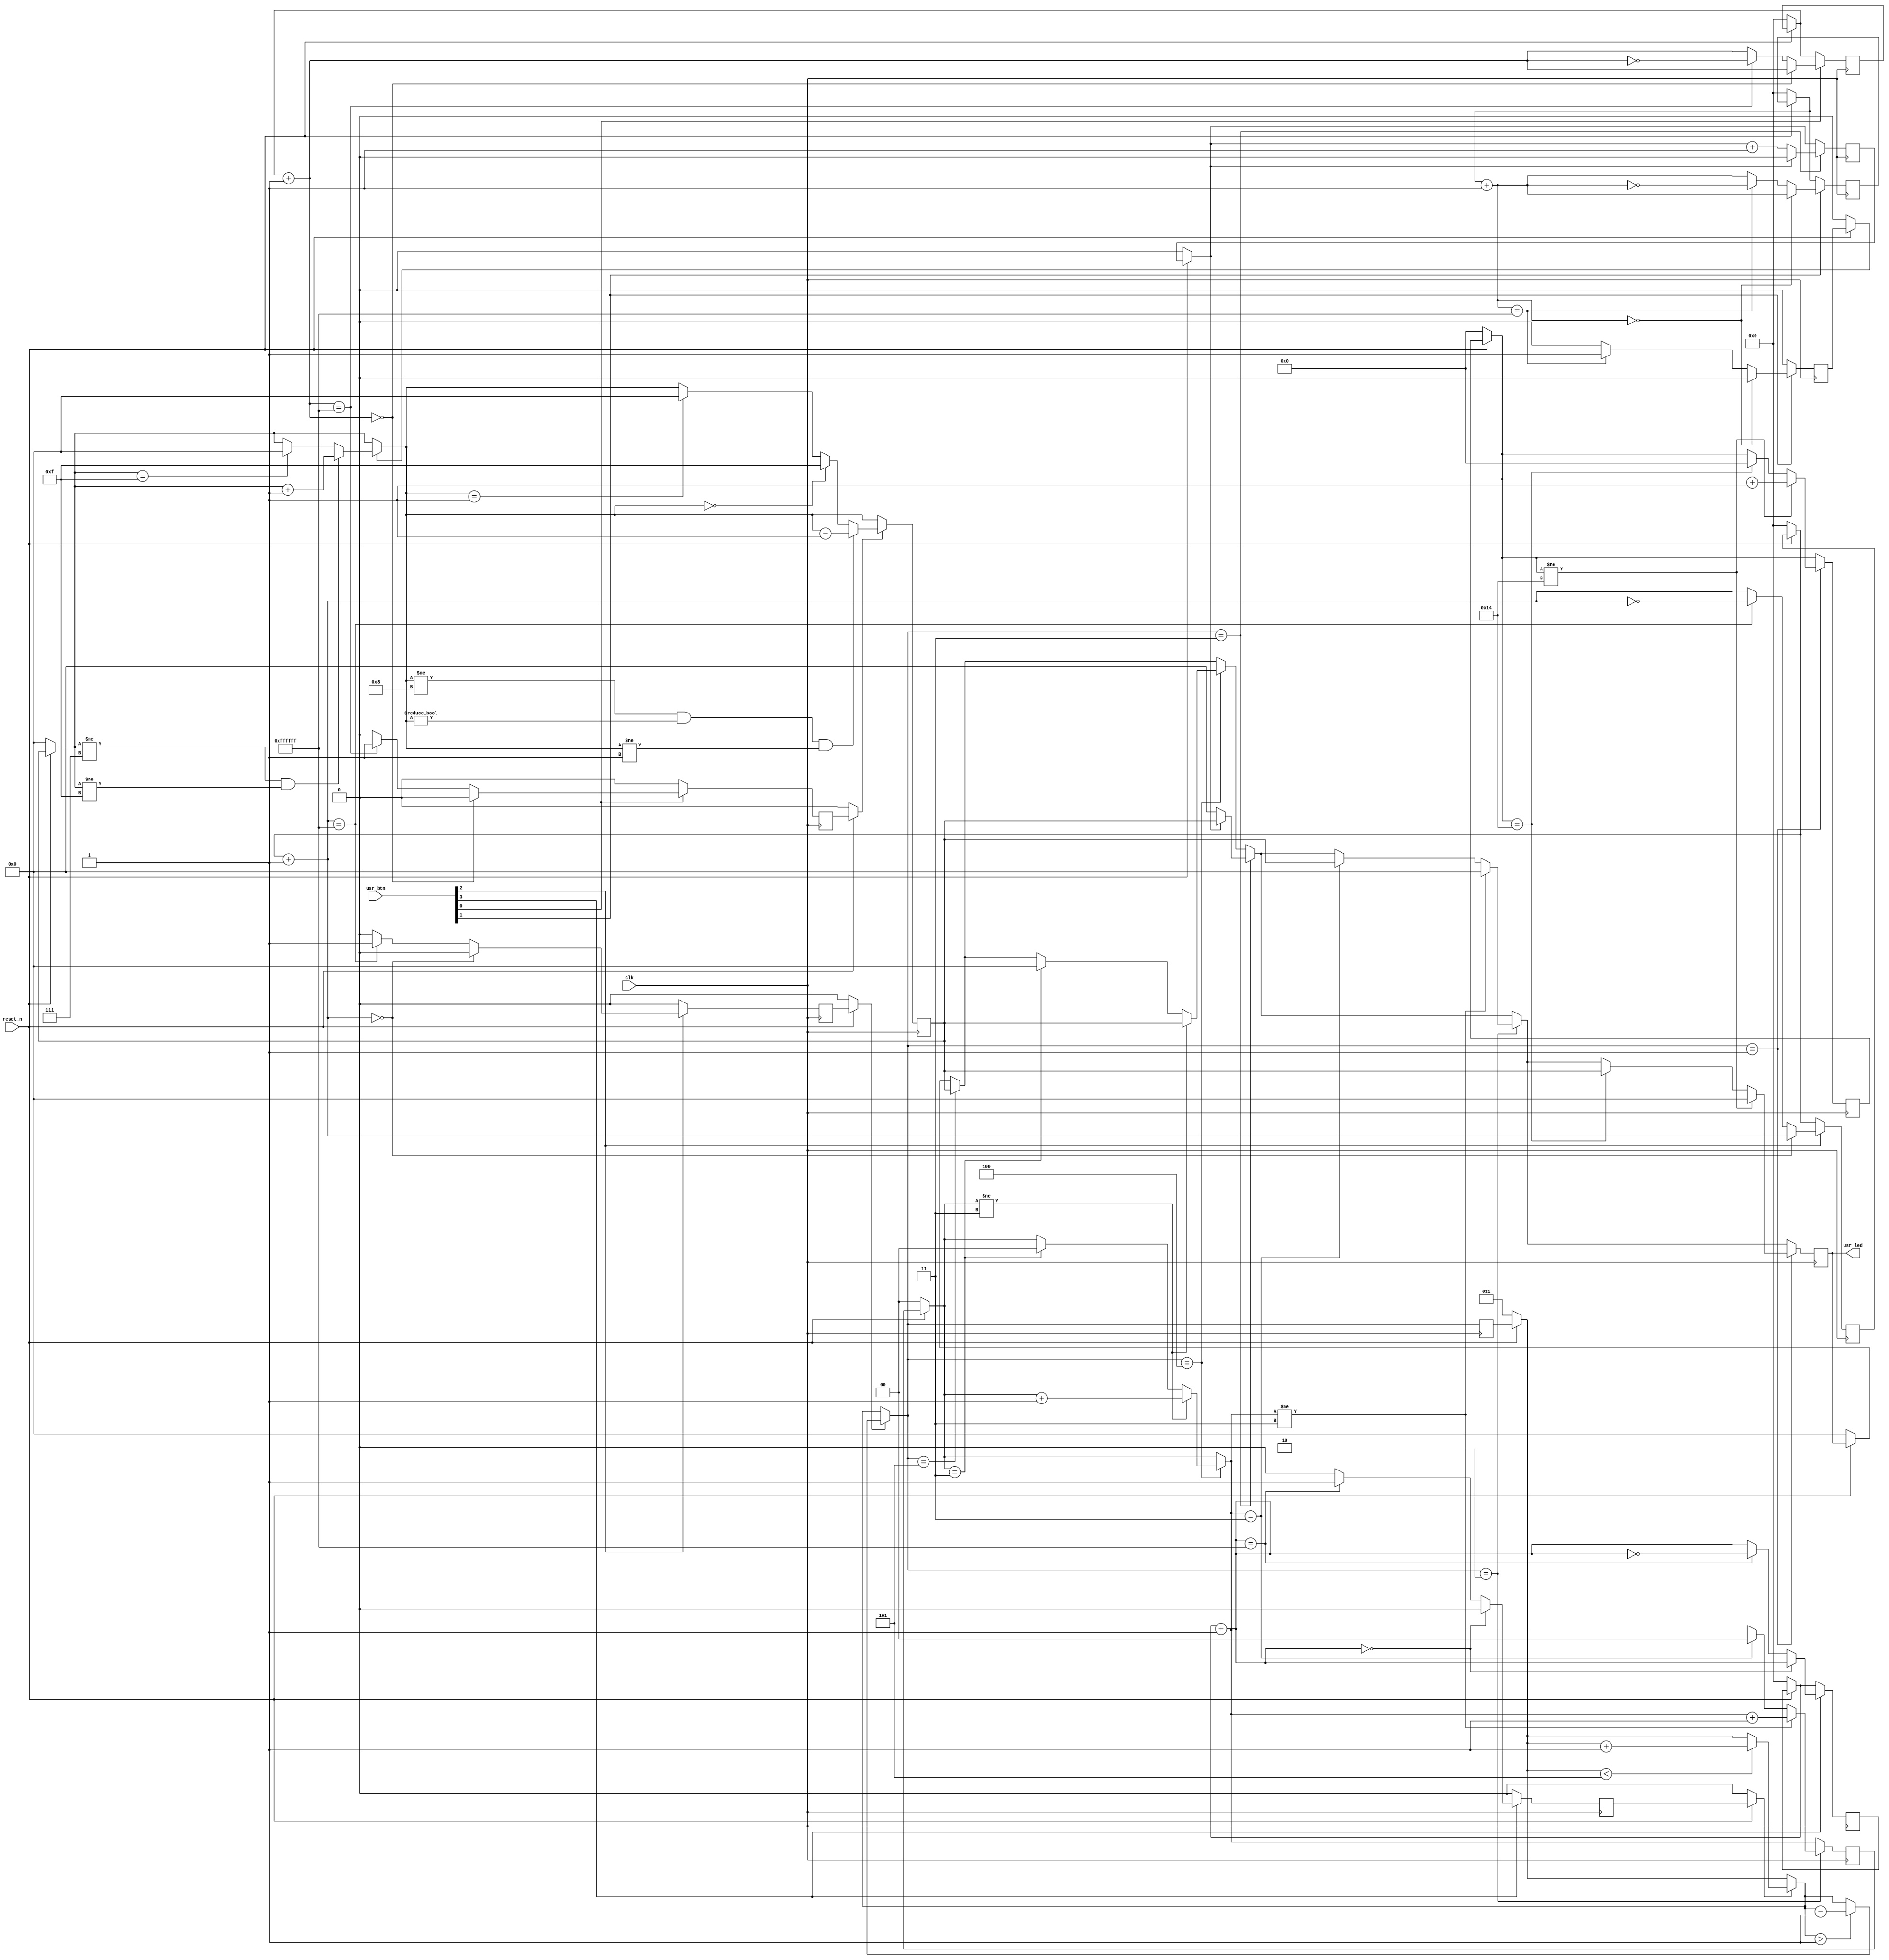
`timescale 1ns / 1ps
//////////////////////////////////////////////////////////////////////////////////
// Company: 
// Engineer: 
// 
// Design Name: 
// Module Name: Push_Button_LED_Control
// Project Name: 
// Target Devices: 
// Tool Versions: 
// Description: 
// 
// Dependencies: 
// 
// Revision:
// Revision 0.01 - File Created
// Additional Comments:
// 
//////////////////////////////////////////////////////////////////////////////////


module Push_Button_LED_Control(
    input  clk,            // System clock at 100 MHz
    input  reset_n,        // System reset signal, in negative logic
    input  [3:0] usr_btn,  // Four user pushbuttons
    output [3:0] usr_led   // Four yellow LEDs
    );
    
    reg button3=1'b0,button2=1'b0,button1=1'b0,button0=1'b0;
    reg [2:0]level=3'b011;
    reg level_3=1'b0;
    reg [1:0]level_4=2'b00;
    reg [4:0]level_1=5'b00000;//20=10100
    reg [3:0]counter=4'b0000;
    reg [3:0]led=4'b0000;
    reg [23:0]shift3=24'b000000000000000000000000;
    reg [23:0]shift2=24'b000000000000000000000000;
    reg [23:0]shift1=24'b000000000000000000000000;
    reg [23:0]shift0=24'b000000000000000000000000;
    
    always@(posedge clk)begin
       if(!reset_n)begin
            counter=4'b0000;
            shift1=24'b000000000000000000000000;
            shift0=24'b000000000000000000000000;
            button1=1'b0;
            button0=1'b0;
       end
       if(button1)begin
            if((counter!=4'b0111)&&(counter!=4'b1111))
            counter=counter+4'b0001;
            else if(counter==4'b1111)
            counter=4'b0000;
            button1=1'b0;
        end
        if(button0)begin
            if(counter!=4'b1000&&(counter!=4'b0000)&&counter!=4'b0001)
            counter=counter-4'b0001;
            else if(counter==4'b0000)
            counter=4'b1111;
            else if(counter==4'b0001)
            counter=4'b0000;
            button0=1'b0;
        end
        if(usr_btn[1])begin
            shift1= shift1+24'b000000000000000000000001;
            if(shift1[23:0]==24'b000000000000000000000000)
            button1 <= 1'b0 ;
            else if(shift1[23:0]==24'b111111111111111111111111)begin
            button1 <= 1'b1;
            shift1=~shift1;
            end else 
            button1 <=button1;
        end
        if(usr_btn[0])begin
            shift0 = shift0+24'b000000000000000000000001;
            if(shift0[23:0]==24'b000000000000000000000000)
            button0 <= 1'b0 ;
            else if(shift0[23:0]==24'b111111111111111111111111)begin
            button0 <= 1'b1;
            shift0=~shift0;
            end else 
            button0 <=button0;
        end
    end
    
    always@(posedge clk)begin
        if(!reset_n)begin
            led=4'b0000;
            level=3'b011;
            level_3=1'b0;
            level_4=2'b00;
            level_1=5'b00000;
            shift3=24'b000000000000000000000000;
            shift2=24'b000000000000000000000000;
            button3=1'b0;
            button2=1'b0;
        end
        if(button3)begin
            if(level<3'b101)begin
            level=level+3'b001;
            end
            button3 = 1'b0;
       end
       if(button2)begin
            if(level>3'b001)begin
            level=level-3'b001;
            end
            button2 = 1'b0;
       end
        if(usr_btn[3])begin
            shift3= shift3+24'b000000000000000000000001;
            if(shift3[23:0]==24'b000000000000000000000000)
            button3 <= 1'b0 ;
            else if(shift3[23:0]==24'b111111111111111111111111)begin
            button3 <= 1'b1;
            shift3=~shift3;
            end else 
            button3 <=button3;
        end
        if(usr_btn[2])begin
            shift2= shift2+24'b000000000000000000000001;
            if(shift2[23:0]==24'b000000000000000000000000)
            button2 <= 1'b0 ;
            else if(shift2[23:0]==24'b111111111111111111111111)begin
            button2 <= 1'b1;
            shift2=~shift2;
            end else 
            button2 <=button2;
        end
        if(level==3'b101)begin
            led <= counter;
        end
        if(level==3'b100)begin
            if(level_4[1:0]!=2'b11)begin
            led <= counter;
            level_4=level_4+2'b01;
            end
            else if(level_4[1:0]==2'b11)begin
            led <= 4'b0000;
            level_4=2'b00;
            end
        end
        if(level==3'b011)begin
            if(level_3==1'b1)begin
            led <= counter;
            level_3=1'b0;
            end
            else if(level_3==1'b0)begin
            led <= 4'b0000;
            level_3=level_3+1'b1;
            end
        end
        if(level==3'b010)begin
            if(level_4[1:0]!=2'b11)begin
            led <= 4'b0000;
            level_4=level_4+2'b01;
            end
            else if(level_4[1:0]==2'b11)begin            
            led <= counter;
            level_4=2'b00;
            end
        end
        if(level==3'b001)begin
            if(level_1[4:0]!=5'b10100)begin
            led <= 4'b0000;
            level_1=level_1+5'b00001;
            end
            else if(level_1[4:0]==5'b10100)begin
            led <= counter ;
            level_1=5'b00000;
            end
        end
    end
    
    assign usr_led=led;
    
endmodule